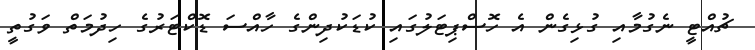
ޗުއްޓީ ނެގުމާއިި ގުޅިގެން އެ ހޮސްޕިޓަލުގައި ކުޑަކުދިންގެ ހާއްސަ ޑޮކްޓަރުގެ ހިދުމަތް ވަގުތީ